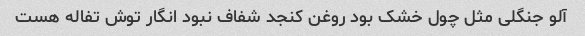
آلو جنگلی مثل چول خشک بود روغن کنجد شفاف نبود انگار توش تفاله هست